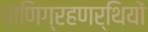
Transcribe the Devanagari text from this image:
पाणिग्रहणर्थियों